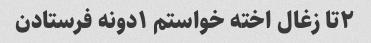
۲تا زغال اخته خواستم ۱دونه فرستادن